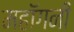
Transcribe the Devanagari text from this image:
महाॅगनी